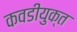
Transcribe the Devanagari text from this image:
कवडीयुक्‍त